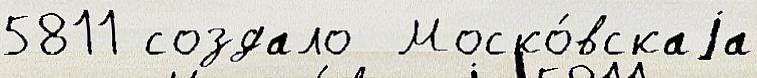
5811 создало  Моско́вскаjа